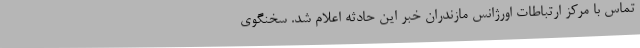
تماس با مرکز ارتباطات اورژانس مازندران خبر این حادثه اعلام شد. سخنگوی